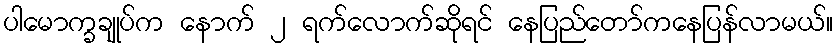
ပါမောက္ခချုပ်က နောက် ၂ ရက်လောက်ဆိုရင် နေပြည်တော်ကနေပြန်လာမယ်။